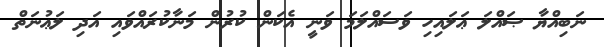
ނަބިއްޔާ ޞައްލަ ޢަލައިހި ވަސައްލަމަ ވަނީ އެކަން ކުރުން މަނާކުރައްވައި އަދި ލަޢުނަތް